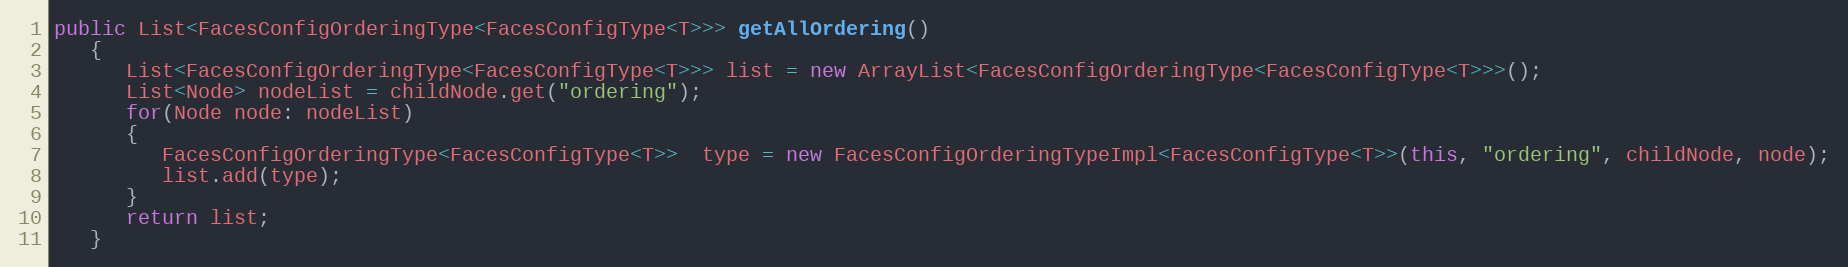
Language: Java
public List<FacesConfigOrderingType<FacesConfigType<T>>> getAllOrdering()
   {
      List<FacesConfigOrderingType<FacesConfigType<T>>> list = new ArrayList<FacesConfigOrderingType<FacesConfigType<T>>>();
      List<Node> nodeList = childNode.get("ordering");
      for(Node node: nodeList)
      {
         FacesConfigOrderingType<FacesConfigType<T>>  type = new FacesConfigOrderingTypeImpl<FacesConfigType<T>>(this, "ordering", childNode, node);
         list.add(type);
      }
      return list;
   }